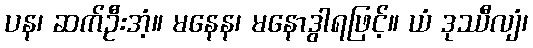
ပန၊ ဆက်ဦးအံ့။ မနေန၊ မနောဒွါရဖြင့်။ ယံ ဒုဿီလျံ၊